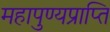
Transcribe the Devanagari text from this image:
महापुण्यप्राप्ति